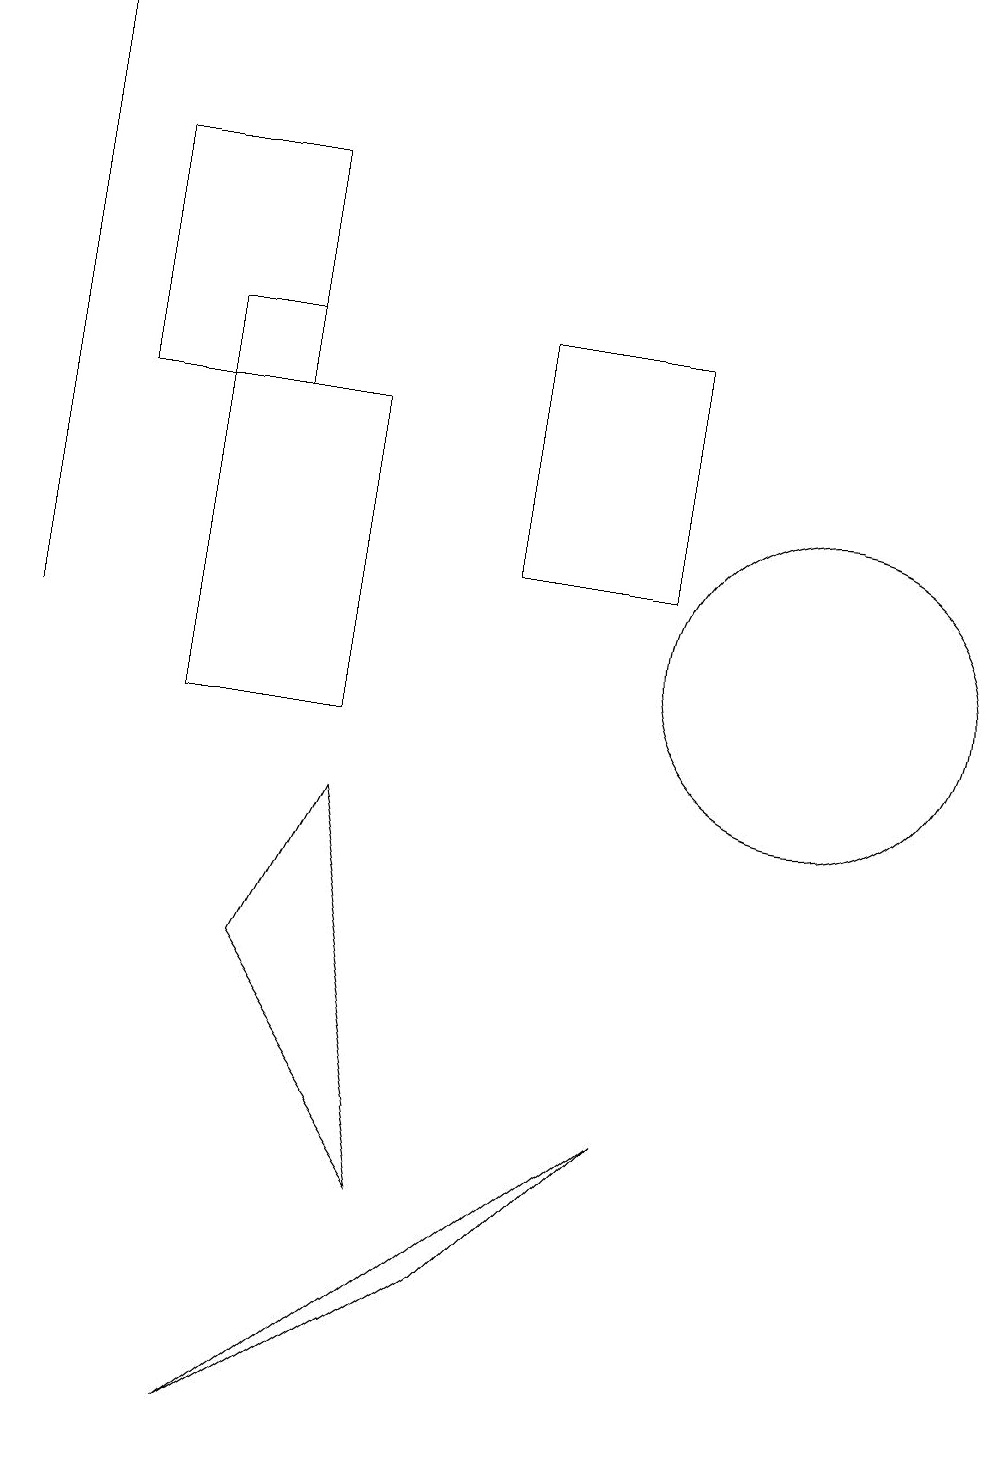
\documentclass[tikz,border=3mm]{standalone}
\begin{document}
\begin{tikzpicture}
\draw (3,14) rectangle (1,17);
\draw (5,4) -- (3,7) -- (4,9) -- cycle;
\draw (4,14) rectangle (2,10);
\draw[->] (0,11) -- (0,19);
\draw (8,5) -- (3,1) -- (6,3) -- cycle;
\draw (8,12) rectangle (6,15);
\draw (10,11) circle (2);
\draw (2,15) rectangle (3,14);
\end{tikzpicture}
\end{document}